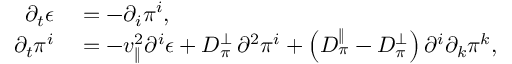
\begin{array} { r l } { \partial _ { t } \epsilon } & { { } = - \partial _ { i } \pi ^ { i } , } \\ { \partial _ { t } \pi ^ { i } } & { { } = - v _ { \| } ^ { 2 } \partial ^ { i } \epsilon + D _ { \pi } ^ { \perp } \, \partial ^ { 2 } \pi ^ { i } + \left( D _ { \pi } ^ { \| } - D _ { \pi } ^ { \perp } \right) \partial ^ { i } \partial _ { k } \pi ^ { k } , } \end{array}